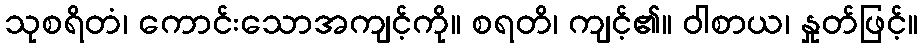
သုစရိတံ၊ ကောင်းသောအကျင့်ကို။ စရတိ၊ ကျင့်၏။ ဝါစာယ၊ နှုတ်ဖြင့်။